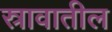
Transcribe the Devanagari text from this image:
स्रावातील